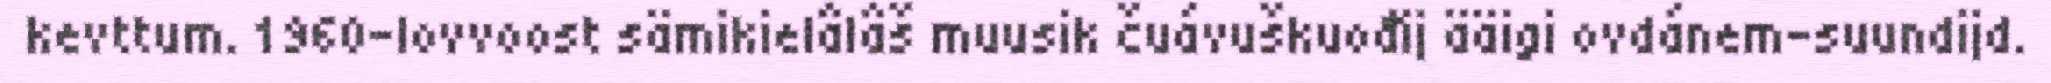
kevttum. 1960-lovvoost sämikielâlâš muusik čuávuškuođij ääigi ovdánem-suundijd.